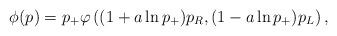
LaTeX: \begin{align*}\phi(p) = p_+ \varphi\left( (1 + a \ln p_+) p_R, (1 - a \ln p_+) p_L \right),\end{align*}